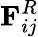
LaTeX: \mathbf{F}_{ij}^{R}